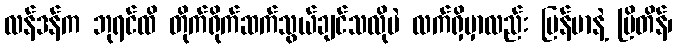
လန်ဒန်က ဘုရင်ထိ တိုက်ရိုက်ဆက်သွယ်ချင်သလိုပဲ လက်ရှိမှာလည်း မြန်မာနဲ့ ဗြိတိန်၊